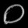
Digit: ၀